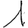
Digit: 1